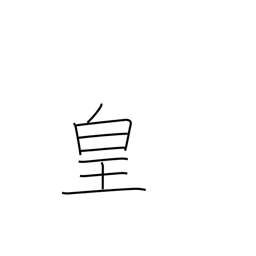
Meaning: emperor